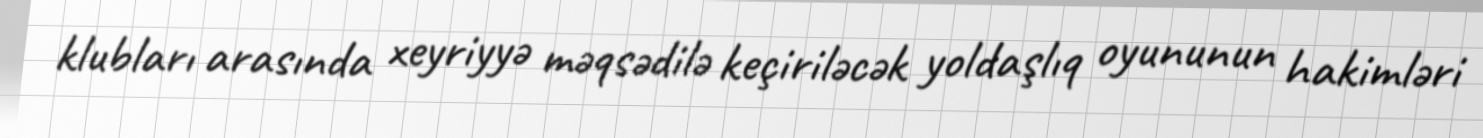
klubları arasında xeyriyyə məqsədilə keçiriləcək yoldaşlıq oyununun hakimləri